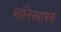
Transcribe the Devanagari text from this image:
शांतिस्थापक